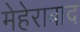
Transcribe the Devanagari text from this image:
मेहेराबाद